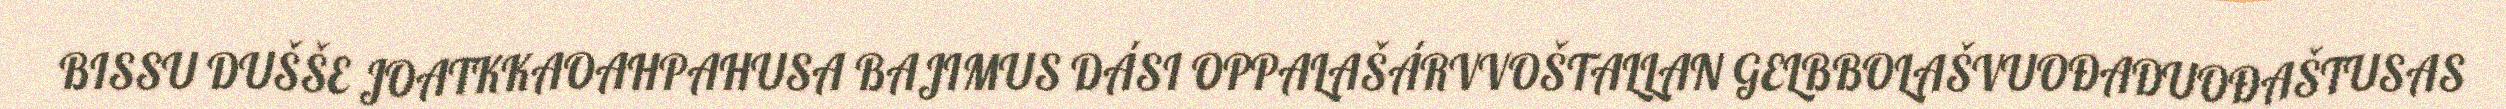
BISSU DUŠŠE JOATKKAOAHPAHUSA BAJIMUS DÁSI OPPALAŠÁRVVOŠTALLAN GELBBOLAŠVUOĐADUOĐAŠTUSAS